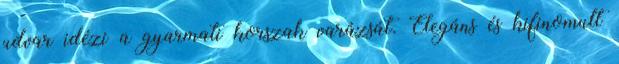
udvar idézi a gyarmati korszak varázsát. Elegáns és kifinomult